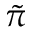
\tilde { \pi }